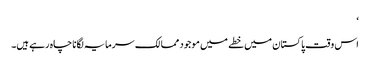
‘
اس وقت پاکستان میں خطے میں موجود ممالک سرمایہ لگانا چاہ رہے ہیں۔